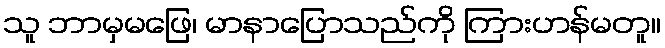
သူ ဘာမှမဖြေ၊ မာနာပြောသည်ကို ကြားဟန်မတူ။